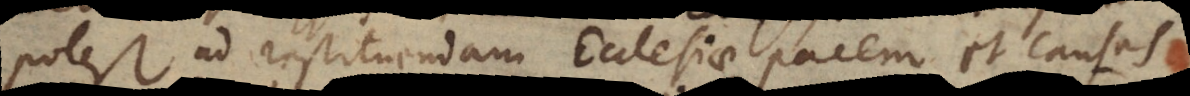
potest ad restituendam Ecclesiae pacem et causas